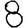
Digit: 8